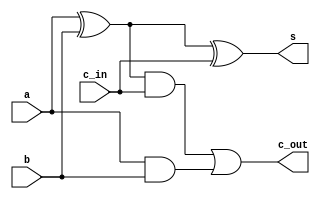
module full_adder_1(a, b, c_in, s, c_out);
	input a, b, c_in;
	output s, c_out;
	wire net1, net2, net3;

	xor xor1(net1, a, b);
	xor xor2(s, net1, c_in);
	and and1(net3, a, b);
	and and2(net2, net1, c_in);
	or or1(c_out, net2, net3);
endmodule